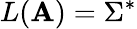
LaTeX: L(\mathbf{A})=\Sigma^{*}